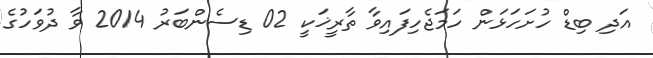
އަދި ބިޑް ހުށަހަޅަން ހަމަޖެހިފައިވާ ތާރީޚަކީ 02 ޑިސެންބަރު 2014 ވާ ދުވަހުގެ